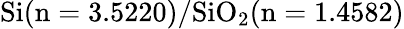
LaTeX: \mathrm{Si(n=3.5220)/SiO_{2}(n=1.4582)}